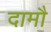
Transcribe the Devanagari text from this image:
दामौ